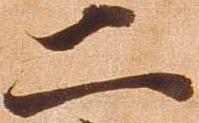
二